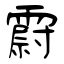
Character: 霨